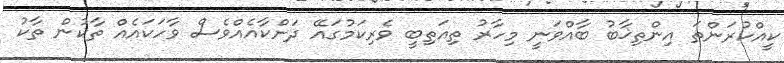
ކީއްކުރަންތަ އިންތިޚާބު ބާއްވަނީ މިހާރު ތިއަތިބީ ވެރިކަމުގައޭ ދަށްކާއެއްވެސް ވާހަކައެއް ތާކުން ތާކު